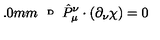
\raisebox { 2 . 0 m m } { { \tiny D } } \hat { P } _ { \mu } ^ { \nu } \cdot ( \partial _ { \nu } \chi ) = 0